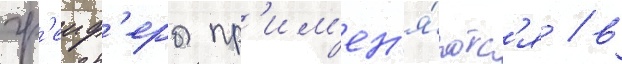
гр'еиф'еры пр'им'ен'я́ютс'я / в